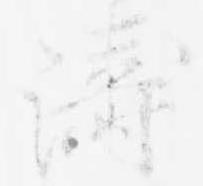
濤